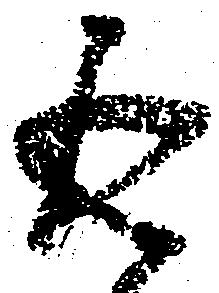
返